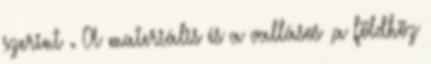
szerint . A materiális és a vallásos ,a földhöz